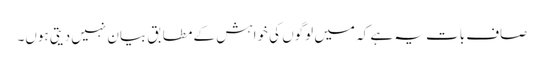
صاف بات یہ ہے کہ میں لوگوں کی خواہش کے مطابق بیان نہیں دیتی ہوں۔